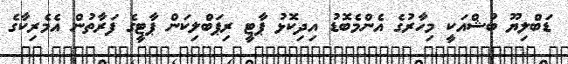
ޑަބްލިޔޫ ބުޝްއަކީ މިހާރުގެ އެންމެބޮޑު އިދިކޮޅު ޕާޓީ ރިޕަބްލިކަން ޕާޓީގެ ފަރާތުން އެމެރިކާގެ